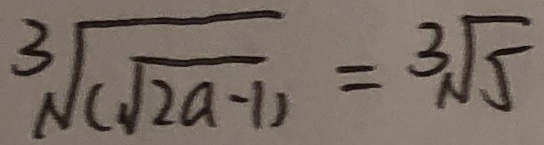
\sqrt [ 3 ] { ( \sqrt { 2 a - 1 } ) } = 3 \sqrt { 5 }